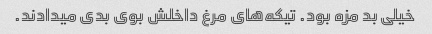
خیلی بد مزه بود. تیکه‌های مرغ داخلش بوی بدی میدادند.